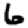
Digit: 6